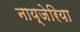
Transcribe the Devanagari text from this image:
नाय्जेरिया